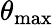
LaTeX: \theta_{\mathrm{max}}